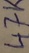
Text: 47K